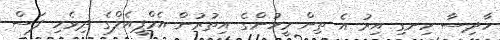
ހާދިސާ ހިނގި އިރު އެ ތިން މީހުންގެ އިތުރުން އެމްޕީއެލްގެ ދިވެހި ފަސް